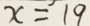
x = 1 9